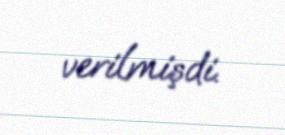
verilmişdi.